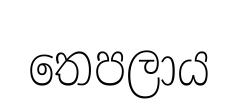
තෙපලාය